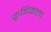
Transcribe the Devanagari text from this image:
कृषिकला